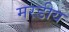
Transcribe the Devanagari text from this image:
मरडीय